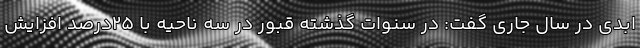
ابدی در سال جاری گفت: در سنوات گذشته قبور در سه ناحیه با ۲۵درصد افزایش